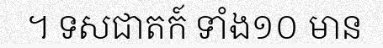
។ ទសជាតក៍ ទាំង១០ មាន